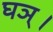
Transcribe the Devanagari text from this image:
घञ्।